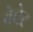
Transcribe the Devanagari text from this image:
बेचेट